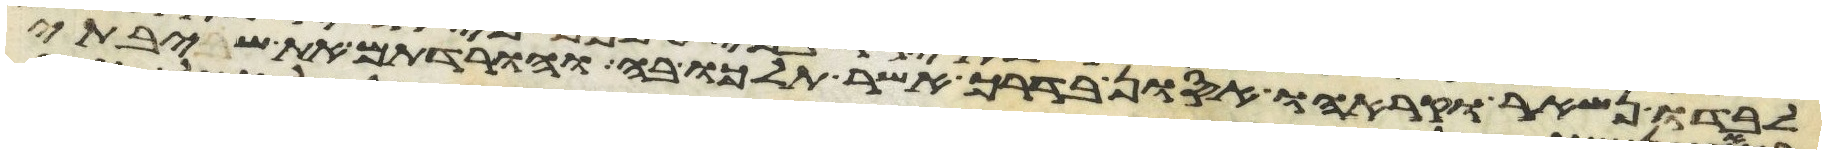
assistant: לבדו נשאר וקראהו אסון בדרך אשר תלכו בה והורדתם את שיבתי